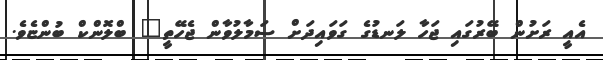
އެއީ ރަށުން ބޭރުގައި ޖަހާ ލަނޑުގެ ގަވައިދަށް ސަމާލުވާން ޖެހޭތީ" ބްލޮންކް ބުންޏެވެ.